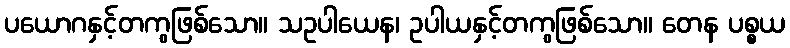
ပယောဂနှင့်တကွဖြစ်သော။ သဥပါယေန၊ ဥပါယနှင့်တကွဖြစ်သော။ တေန ပစ္စယ